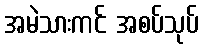
အမဲသားကင် အစပ်သုပ်